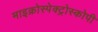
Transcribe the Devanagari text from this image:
माइक्रोस्पेक्ट्रोस्कोपी